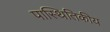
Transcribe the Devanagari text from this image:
पास्थितिकीय